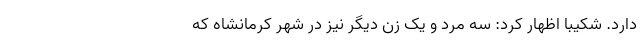
دارد. شکیبا اظهار کرد: سه مرد و یک زن دیگر نیز در شهر کرمانشاه که